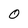
Character: 0